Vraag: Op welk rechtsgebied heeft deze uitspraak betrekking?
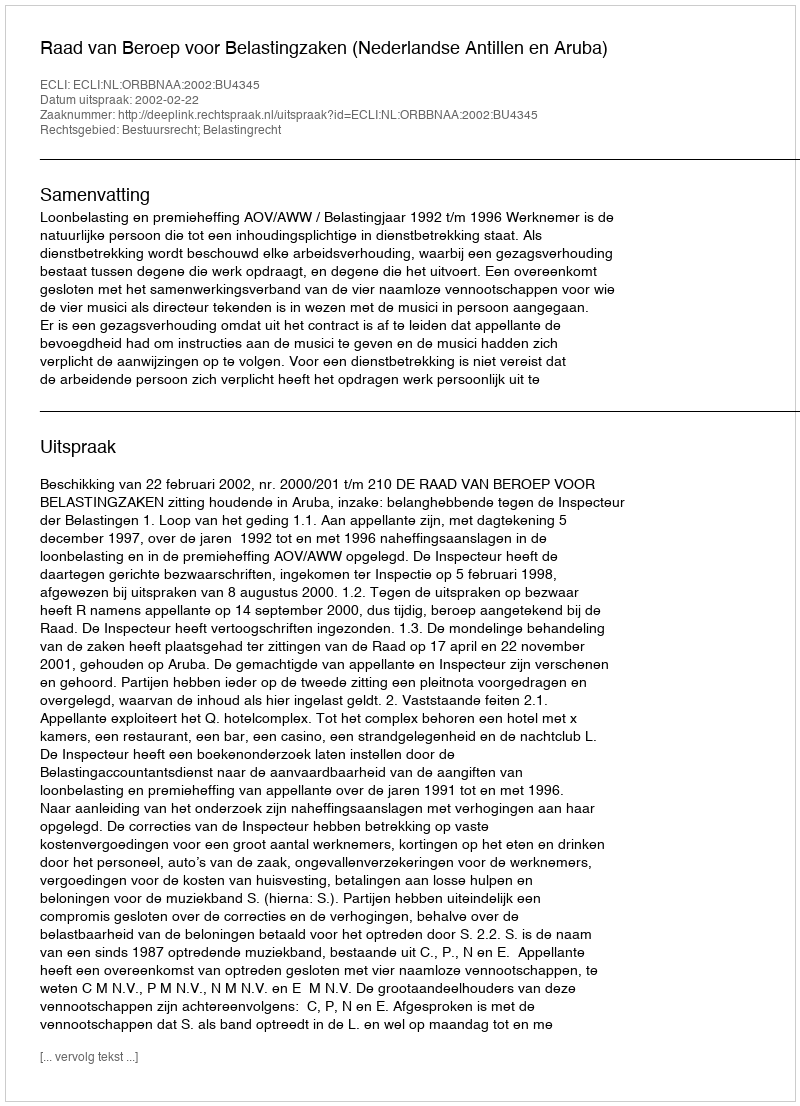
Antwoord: Bestuursrecht; Belastingrecht